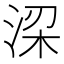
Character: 𬇲